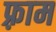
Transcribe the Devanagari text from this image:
फ़्राम